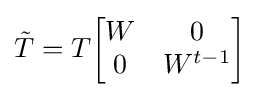
{\tilde {T}}=T{\begin{bmatrix}W&0\\0&W^{t-1}\end{bmatrix}}